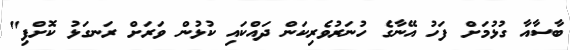
ބާސާއާ ގުޅުމަށް ފަހު އޭނާގެ ހުނަރުވެރިކަން ދައްކައި ކުޅުން ވަރަށް ރަނގަޅު ކޮށްފި"